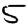
Digit: 5